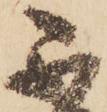
不